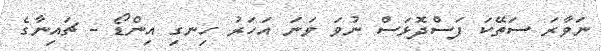
ނަވާރަ ސަތޭކަ ފަސްދޮޅަސް ނުވަ ވަނަ އަހަރު ހިނގި އިންޑޯ - ޗައިނާގެ